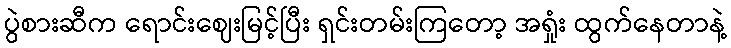
ပွဲစားဆီက ရောင်းဈေးမြင့်ပြီး ရှင်းတမ်းကြတော့ အရှုံး ထွက်နေတာနဲ့